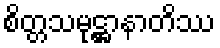
စိတ္တသမုဋ္ဌာနာတိဿ